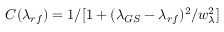
C ( \lambda _ { r f } ) = 1 / [ 1 + ( \lambda _ { G S } - \lambda _ { r f } ) ^ { 2 } / w _ { \lambda } ^ { 2 } ]